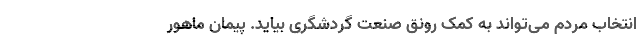
انتخاب مردم می‌تواند به کمک رونق صنعت گردشگری بیاید. پیمان ماهور